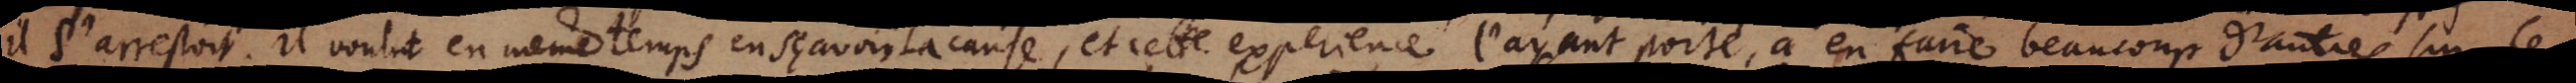
il s’arrestoit. Il voulut en même temps en sçavoir la cause, et cette experience l’ayant porté, a en faire beaucoup d’autres sur les